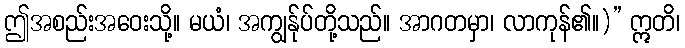
ဤအစည်းအဝေးသို့။ မယံ၊ အကျွန်ုပ်တို့သည်။ အာဂတမှာ၊ လာကုန်၏။)” ဣတိ၊